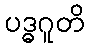
ပဒ္ဓဂူတိ